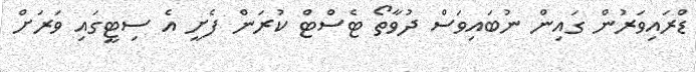
ޑްރައިވަރުން ގައިން ނުބައިވަސް ދުވާތޯ ޓެސްޓް ކުރަން ފެށީ އެ ސިޓީގައި ވަރަށް